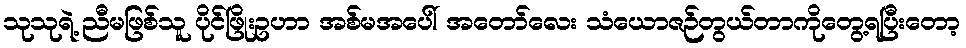
သုသုရဲ့ ညီမဖြစ်သူ ပိုင်ဖြိုးဥဟာ အစ်မအပေါ် အတော်လေး သံယောဇဉ်တွယ်တာကိုတွေ့ရပြီးတော့